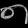
Digit: ၈